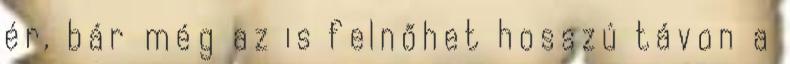
ér, bár még az is felnőhet hosszú távon a